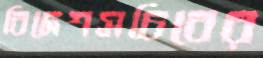
বিদেশসচিবের